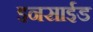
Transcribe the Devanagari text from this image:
इनसाईड